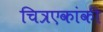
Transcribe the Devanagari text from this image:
चित्रएकांकी